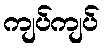
ကျပ်ကျပ်